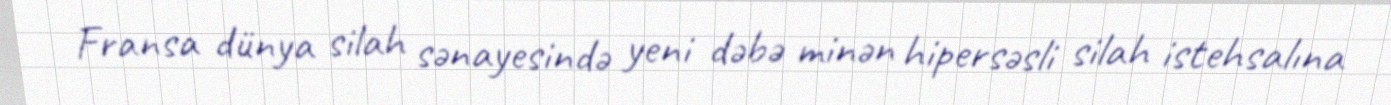
Fransa dünya silah sənayesində yeni dəbə minən hipersəsli silah istehsalına